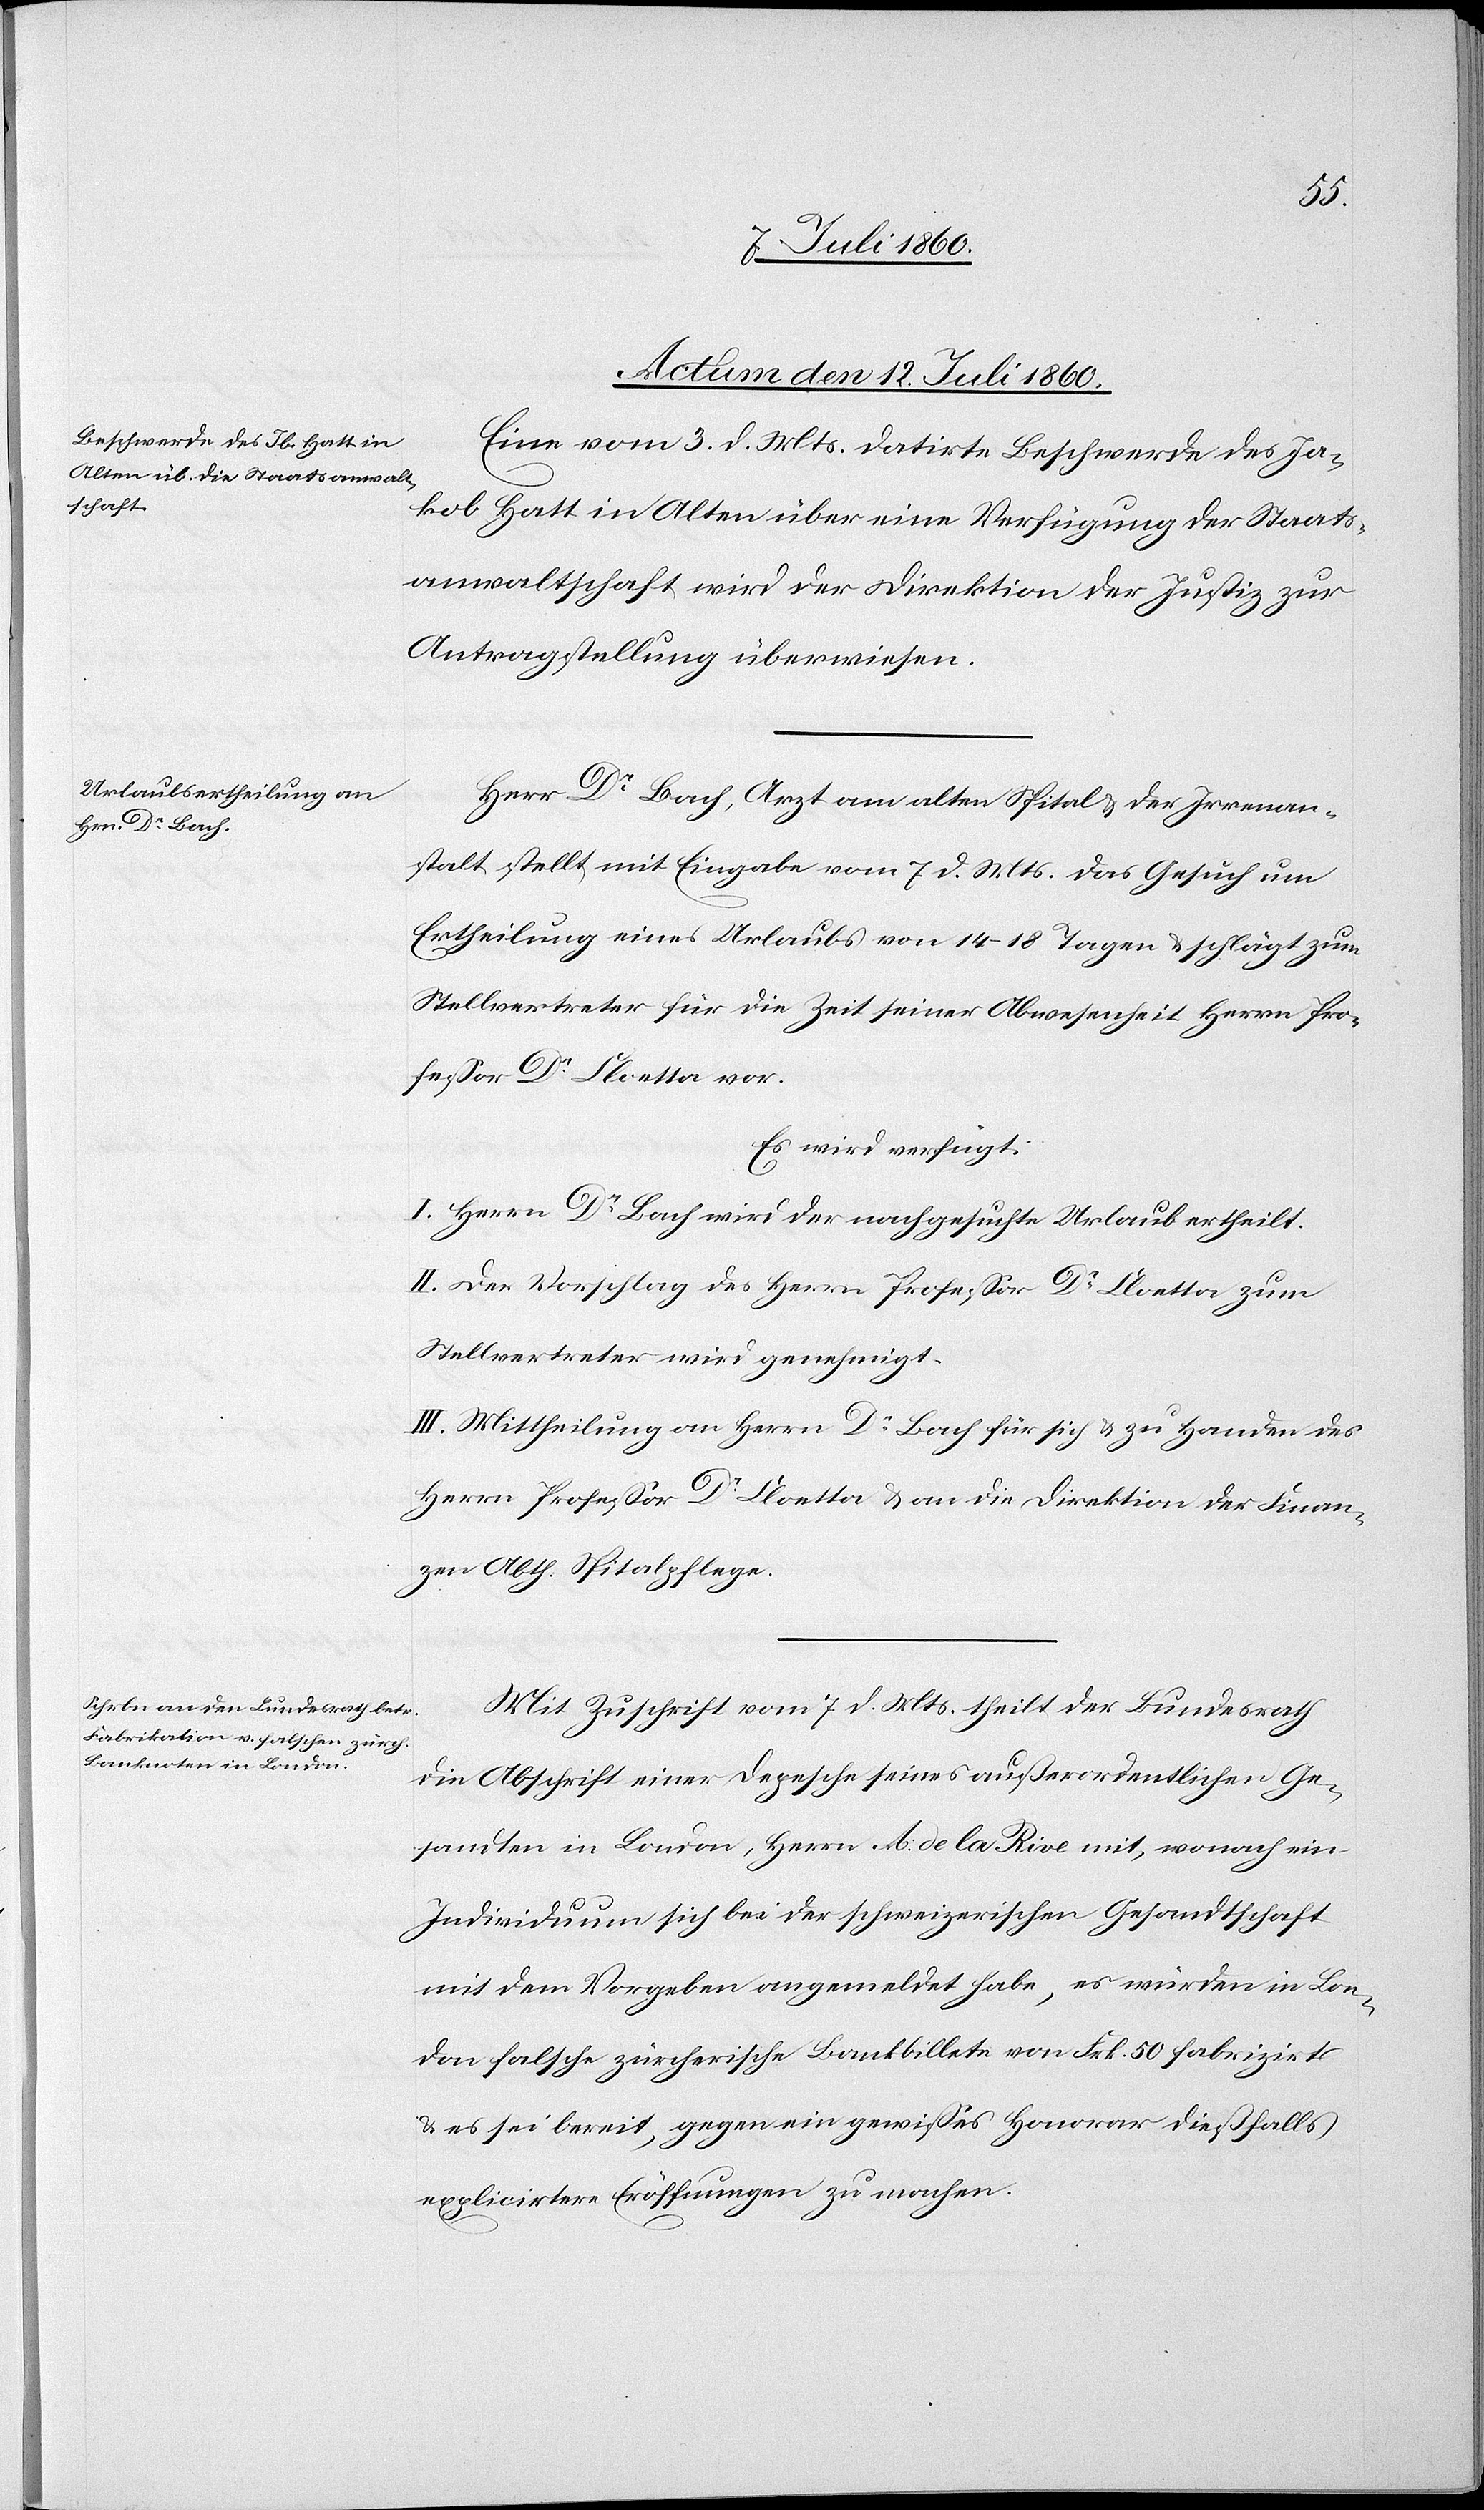
Actum den 12. Juli 1860.]
Eine vom 3. d. Mts. datirte Beschwerde des Ja¬
kob Hatt in Alten über eine Verfügung der Staats¬
anwaltschaft wird der Direktion der Justiz zur
Antragstellung überwiesen.
Herr Dr Bach, Arzt im alten Spital & der Irrenan¬
stalt stellt mit Eingabe vom 7. d. Mts. das Gesuch um
Ertheilung eines Urlaubs von 14–18 Tagen & schlägt zum
Stellvertreter für die Zeit seiner Abwesenheit Herrn Pro¬
fessor Dr. Cloetta vor.
Es wird verfügt:
I. Herrn Dr Bach wird der nachgesuchte Urlaub ertheilt.
II. Der Vorschlag des Herrn Professor Dr. Cloetta zum
Stellvertreter wird genehmigt.
III. Mittheilung an Herrn Dr Bach für sich & zu Handen des
Herrn Professor Dr Cloetta & an die Direktion der Finan¬
zen Abth. Spitalpflege.
Mit Zuschrift vom 7. d. Mts. theilt der Bundesrath
die Abschrift einer Depesche seines außerordentlichen Ge¬
sandten in London, Herrn A. de la Rive mit, wonach ein
Individuum sich bei der schweizerischen Gesandtschaft
mit dem Vorgeben angemeldet habe, es würden in Lon¬
don falsche zürcherische Bankbillete von Frk. 50 fabrizirt
& es sei bereit, gegen ein gewisses Honorar dießfalls
explicirtere Eröffnungen zu machen.